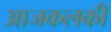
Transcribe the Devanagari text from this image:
आजकलकी